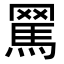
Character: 𦋻